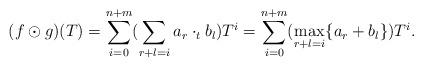
LaTeX: \begin{align*}(f\odot g)(T)=\sum_{i=0}^{n+m}(\sum_{r+l=i}a_r\cdot_t b_l)T^i=\sum_{i=0}^{n+m}(\max_{r+l=i}\{a_r+b_l\})T^i.\end{align*}